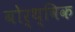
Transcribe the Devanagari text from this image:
बोर्थ्विक